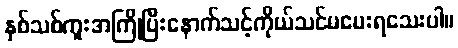
နှစ်သစ်ကူးအကြိုပြီးနောက်သင့်ကိုယ်သင်မပေးရသေးပါ။